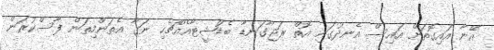
އޭނާ އައިގޮތަށް އައިސް އެނދުގައި އޮތް ރަޖާގަނޑާ ބެޑްޝީޓާއެއްޗެހި ނަގާ އެތަންމިތަން ފާސްކުރަން